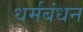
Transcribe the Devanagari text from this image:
धर्मबंधन